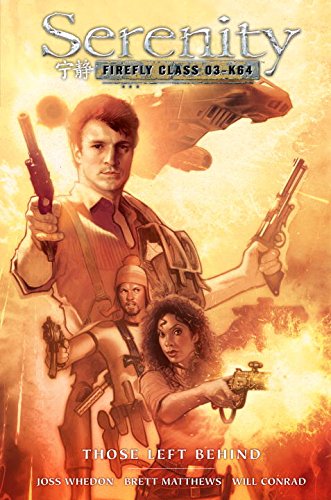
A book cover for Serenity: Those Left Behind 2nd Edition; Various; Comics & Graphic Novels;